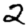
Digit: 2